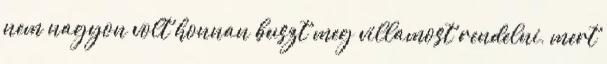
nem nagyon volt honnan buszt meg villamost rendelni, mert